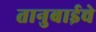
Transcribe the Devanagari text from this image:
तानुबाईचे